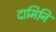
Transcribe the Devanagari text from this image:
दामिनि